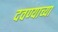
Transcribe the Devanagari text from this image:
दवण्याच्या